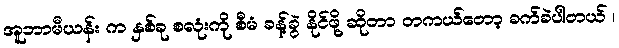
အူဘာမီယန်း က နှစ်ခု စလုံးကို စီမံ ခန့်ခွဲ နိုင်ဖို့ ဆိုတာ တကယ်တော့ ခက်ခဲပါတယ် ၊